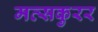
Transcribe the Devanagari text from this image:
मत्सकुरर